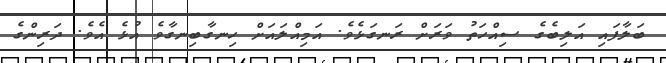
ބަލާފައި އަލިބެގެ ސިއްހަތު ވަރަށް ރަނގަޅެވެ. އަމިއްލައަށް ހިނގާބިނގާވެ އުޅެ އެވެ. ދަރިންގެ